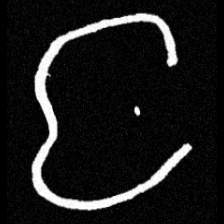
Pyu character \u2014 Myanmar letter: င (romanized: nga)